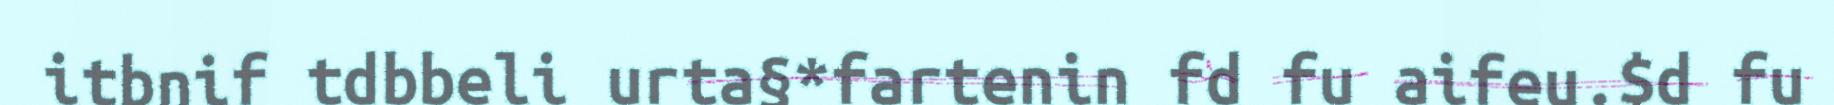
itbnif tdbbeli urta§*fartenin fd fu aifeu.$d fu